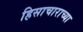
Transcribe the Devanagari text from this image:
हिसाचाराच्या